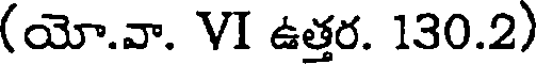
(యో.వా. VI ఉత్తర. 130.2)